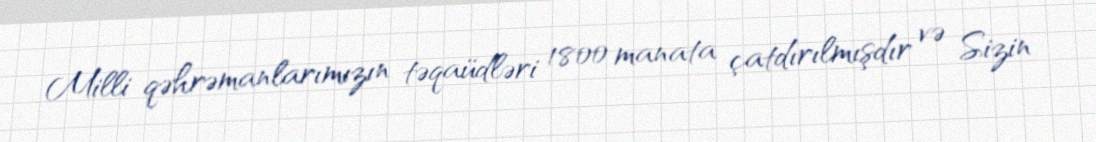
Milli qəhrəmanlarımızın təqaüdləri 1800 manata çatdırılmışdır və Sizin